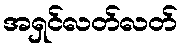
အရှင်လတ်လတ်